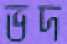
ভদ